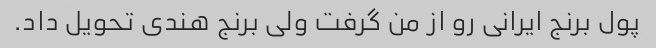
پول برنج ایرانی رو از من گرفت ولی برنج هندی تحویل داد.